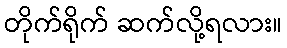
တိုက်ရိုက် ဆက်လို့ရလား။